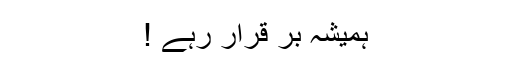
ہمیشہ بر قرار رہے !